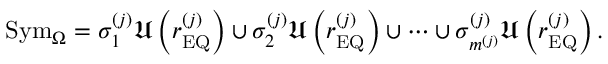
\mathrm { S y m } _ { \Omega } = \sigma _ { 1 } ^ { \left( j \right) } \mathfrak { U } \left( r _ { \mathrm { E Q } } ^ { \left( j \right) } \right) \cup \sigma _ { 2 } ^ { \left( j \right) } \mathfrak { U } \left( r _ { \mathrm { E Q } } ^ { \left( j \right) } \right) \cup \cdots \cup \sigma _ { m ^ { \left( j \right) } } ^ { \left( j \right) } \mathfrak { U } \left( r _ { \mathrm { E Q } } ^ { \left( j \right) } \right) .